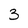
Character: 3